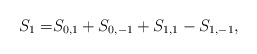
\begin{align*} S_1 =& S_{0, 1}+S_{0,-1}+S_{1, 1}-S_{1,-1},\end{align*}